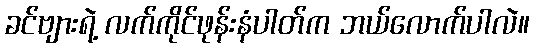
ခင်ဗျားရဲ့ လက်ကိုင်ဖုန်းနံပါတ်က ဘယ်လောက်ပါလဲ။